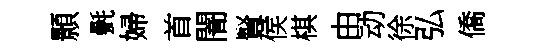
顥㲲婦首闇賢侯棋由动徐弘僑